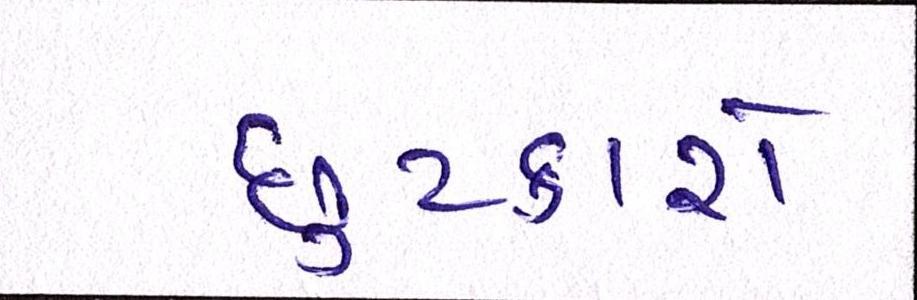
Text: છુટકારો